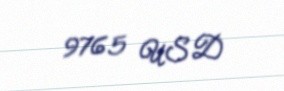
9765 USD